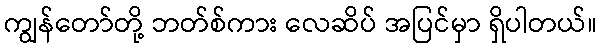
ကျွန်တော်တို့ ဘတ်စ်ကား လေဆိပ် အပြင်မှာ ရှိပါတယ်။